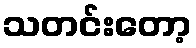
သတင်းတော့